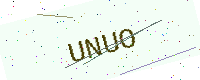
Text: UNUO